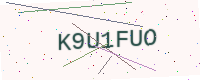
Text: K9U1FUO